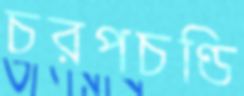
চরপচণ্ডি